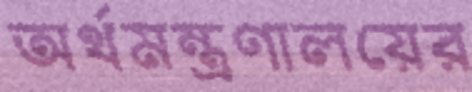
অর্থমন্ত্রণালয়ের